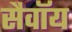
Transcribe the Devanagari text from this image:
सैवॉय